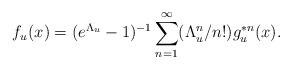
LaTeX: \begin{align*} f_u(x)=(e^{\Lambda_u}-1)^{-1} \sum_{n=1}^\infty (\Lambda_u^n/n!) g_u^{\ast n}(x). \end{align*}